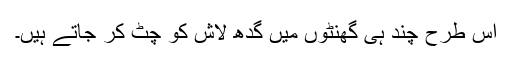
اس طرح چند ہی گھنٹوں میں گدھ لاش کو چٹ کر جاتے ہیں۔